Indian journal of veterinary science and animal husbandry - Volume 5,
Year: 1935
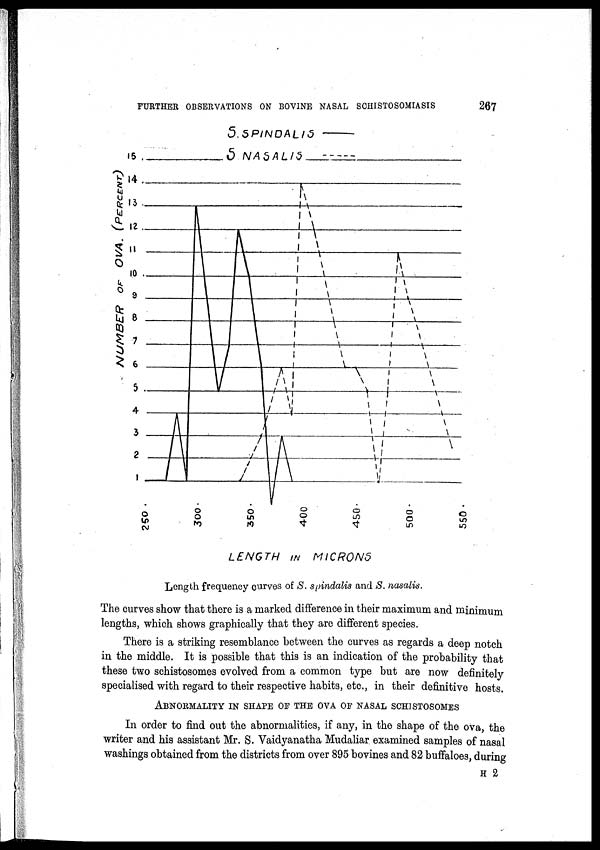
FURTHER OBSERVATIONS ON BOVINE NASAL SCHISTOSOMIASIS
267
Length frequency curves of S. spindalis and S. nasalis.
The curves show that there is a marked difference in their maximum and minimum
lengths, which shows graphically that they are different species.
There is a striking resemblance between the curves as regards a deep notch
in the middle. It is possible that this is an indication of the probability that
these two schistosomes evolved from a common type but are now definitely
specialised with regard to their respective habits, etc, in their definitive hosts.
ABNORMALITY IN SHAPE OF THE OVA OF NASAL SCHISTOMES
In order to find out the abnormalities, if any, in the shape of the ova, the
writer and his assistant Mr. S. Vaidyanatha Mudaliar examined samples of nasal
washings obtained from the districts from over 895 bovines and 82 buffaloes, during
H 2